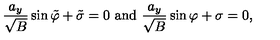
\frac { a _ { y } } { \sqrt B } \sin \tilde { \varphi } + \tilde { \sigma } = 0 \mathrm { \ a n d \ } \frac { a _ { y } } { \sqrt B } \sin \varphi + \sigma = 0 ,